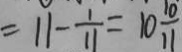
= 1 1 - \frac { 1 } { 1 1 } = 1 0 \frac { 1 0 } { 1 1 }